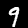
Label: 9